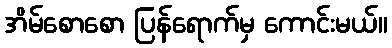
အိမ်စောစော ပြန်ရောက်မှ ကောင်းမယ်။